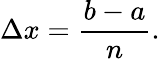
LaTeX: \Delta x={\frac{b-a}{n}}.